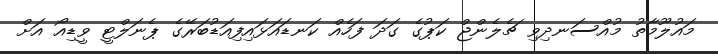
މައުލޫމާތު މުއްސަނދިވި ޗެލެންޖް ކަޕުގެ ގަދަ ފަހެއް ކަނޑައަޅައިފިއަޑުބަރޭގެ ޕެނަލްޓީ ވީޑިއޯ އަށް